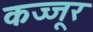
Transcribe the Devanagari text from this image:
कज्जूर